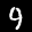
Label: 9